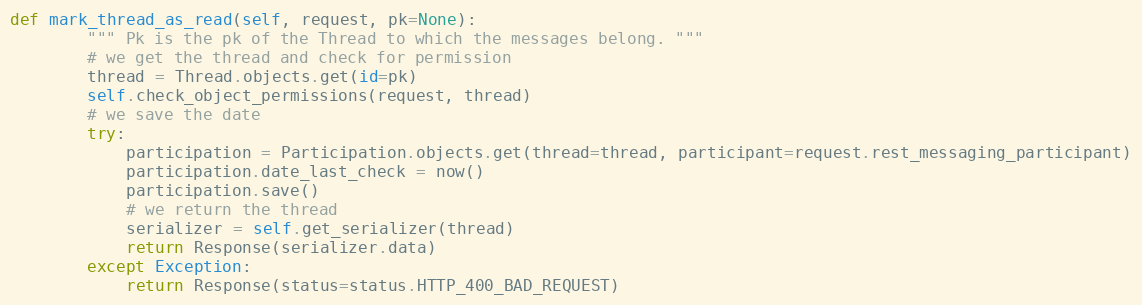
Language: Python
def mark_thread_as_read(self, request, pk=None):
        """ Pk is the pk of the Thread to which the messages belong. """
        # we get the thread and check for permission
        thread = Thread.objects.get(id=pk)
        self.check_object_permissions(request, thread)
        # we save the date
        try:
            participation = Participation.objects.get(thread=thread, participant=request.rest_messaging_participant)
            participation.date_last_check = now()
            participation.save()
            # we return the thread
            serializer = self.get_serializer(thread)
            return Response(serializer.data)
        except Exception:
            return Response(status=status.HTTP_400_BAD_REQUEST)